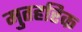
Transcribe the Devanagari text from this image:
मुतहरिक